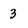
Character: 3